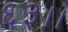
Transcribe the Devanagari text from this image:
६३।।